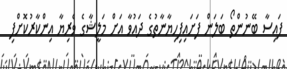
ފައިސާ ބޭނުންތޯ ބަލަން ފަށައިފިހިޔާނާތުގެ ދައުވާ އަށް މަލީޝާގެ ވެރިޔާ އިންކާރުކޮށްފި